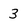
Character: 3